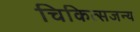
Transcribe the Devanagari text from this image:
चिकित्सजन्य